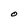
Character: O